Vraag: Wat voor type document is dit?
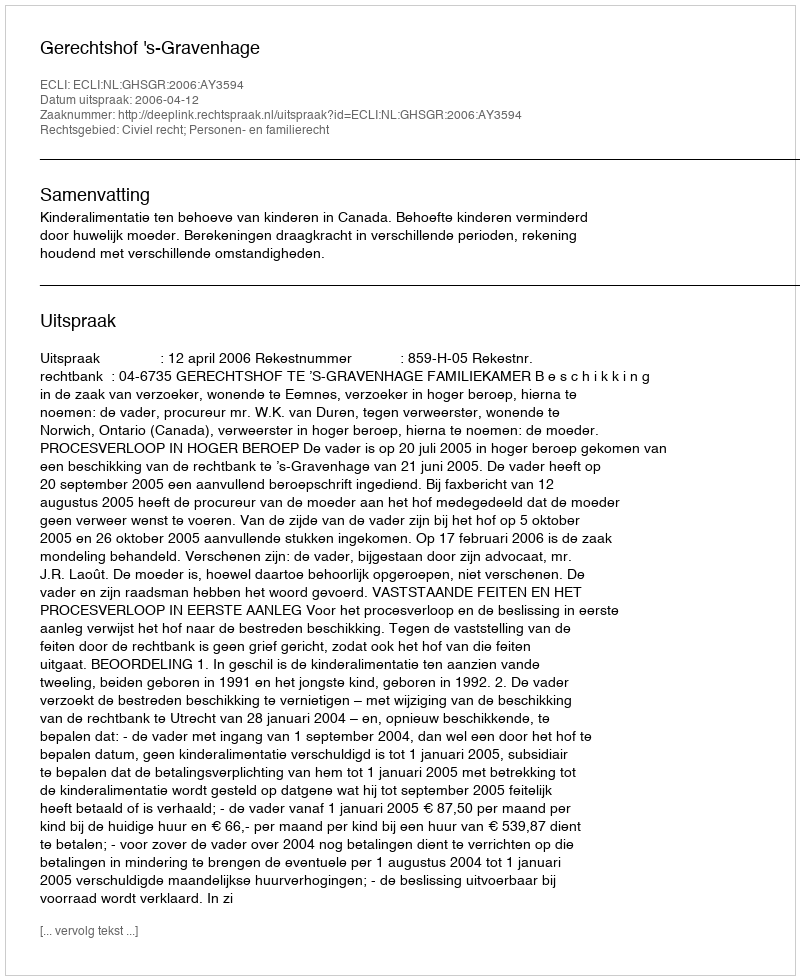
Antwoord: Uitspraak